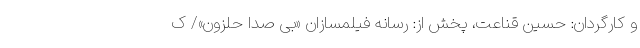
و کارگردان: حسین قناعت، پخش از: رسانه فیلمسازان «بی صدا حلزون»/ ک